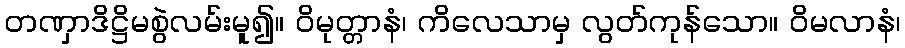
တဏှာဒိဋ္ဌိမစွဲလမ်းမူ၍။ ဝိမုတ္တာနံ၊ ကိလေသာမှ လွတ်ကုန်သော။ ဝိမလာနံ၊